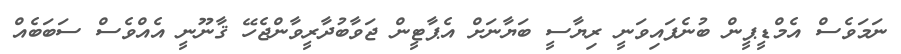
ނަމަވެސް އެމްޑީޕީން ބުނެފައިވަނީ ރިޔާސީ ބަޔާނަށް އެޕާޓީން ޖަވާބުދާރީވާންޖެހޭ ޤާނޫނީ އެއްވެސް ސަބަބެއް